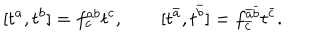
[ t ^ { a } , t ^ { b } ] = f _ { c } ^ { a b } t ^ { c } , ~ ~ [ t ^ { \bar { a } } , t ^ { \bar { b } } ] = f _ { \bar { c } } ^ { \bar { a } \bar { b } } t ^ { \bar { c } } .